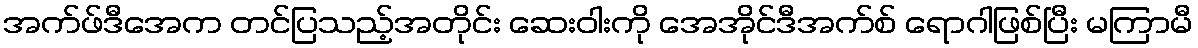
အက်ဖ်ဒီအေက တင်ပြသည့်အတိုင်း ဆေးဝါးကို အေအိုင်ဒီအက်စ် ရောဂါဖြစ်ပြီး မကြာမီ